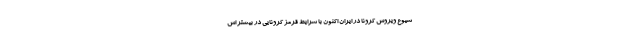
شیوع ویروس کرونا در ایران اکنون با شرایط قرمز کرونایی در بیشتر اس